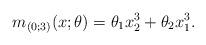
LaTeX: \begin{gather*}m_{(0;3)}(x;\theta)=\theta_1x_2^3+\theta_2x_1^3.\end{gather*}